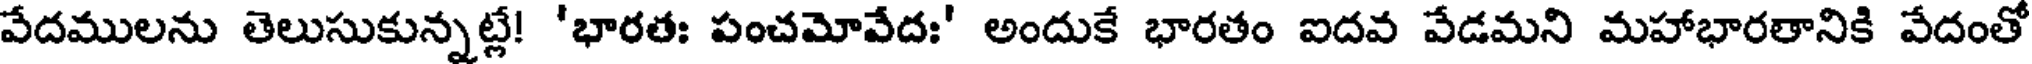
వేదములను తెలుసుకున్నట్లే! 'భారతః పంచమోవేదః' అందుకే భారతం ఐదవ వేడమని మహాభారతానికి వేదంతో